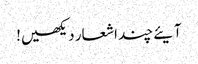
آیئے چند اشعار دیکھیں!